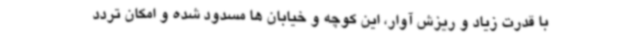
با قدرت زیاد و ریزش آوار، این کوچه و خیابان ها مسدود شده و امکان تردد